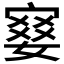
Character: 𡪋